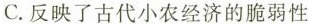
C.反映了古代小农经济的脆弱性